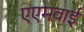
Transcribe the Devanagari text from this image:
एएमवाई